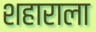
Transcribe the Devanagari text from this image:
शहाराला